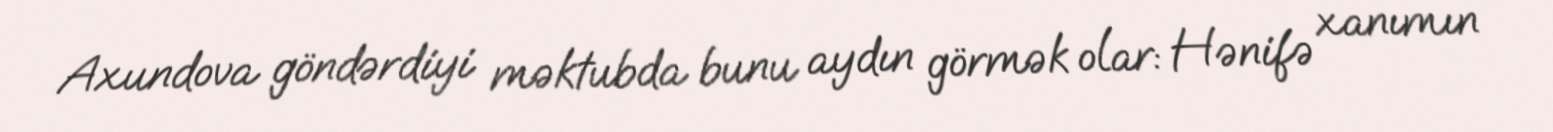
Axundova göndərdiyi məktubda bunu aydın görmək olar: Hənifə xanımın